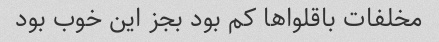
مخلفات باقلوا‌ها کم بود بجز این خوب بود